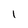
Character: 1